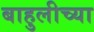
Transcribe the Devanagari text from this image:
बाहुलीच्या